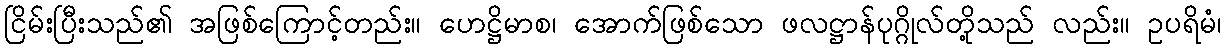
ငြိမ်းပြီးသည်၏ အဖြစ်ကြောင့်တည်း။ ဟေဋ္ဌိမာစ၊ အောက်ဖြစ်သော ဖလဋ္ဌာန်ပုဂ္ဂိုလ်တို့သည် လည်း။ ဥပရိမံ၊